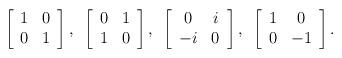
LaTeX: \begin{align*}\left[\begin{array}{cc}1 & 0 \\0 & 1\end{array}\right],\hspace{2mm}\left[\begin{array}{cc}0 & 1 \\1 & 0\end{array}\right],\hspace{2mm}\left[\begin{array}{cc}0 & i \\-i & 0\end{array}\right],\hspace{2mm}\left[\begin{array}{cc}1 & 0 \\0 & -1\end{array}\right].\end{align*}